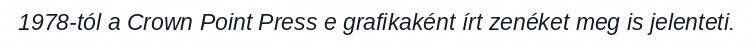
1978-tól a Crown Point Press e grafikaként írt zenéket meg is jelenteti.